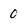
Character: 0